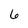
Character: 6